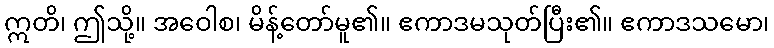
ဣတိ၊ ဤသို့။ အဝေါစ၊ မိန့်တော်မူ၏။ ဧကာဒမသုတ်ပြီး၏။ ဧကာဒသမော၊